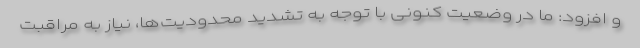
و افزود: ما در وضعیت کنونی با توجه به تشدید محدودیت‌ها، نیاز به مراقبت